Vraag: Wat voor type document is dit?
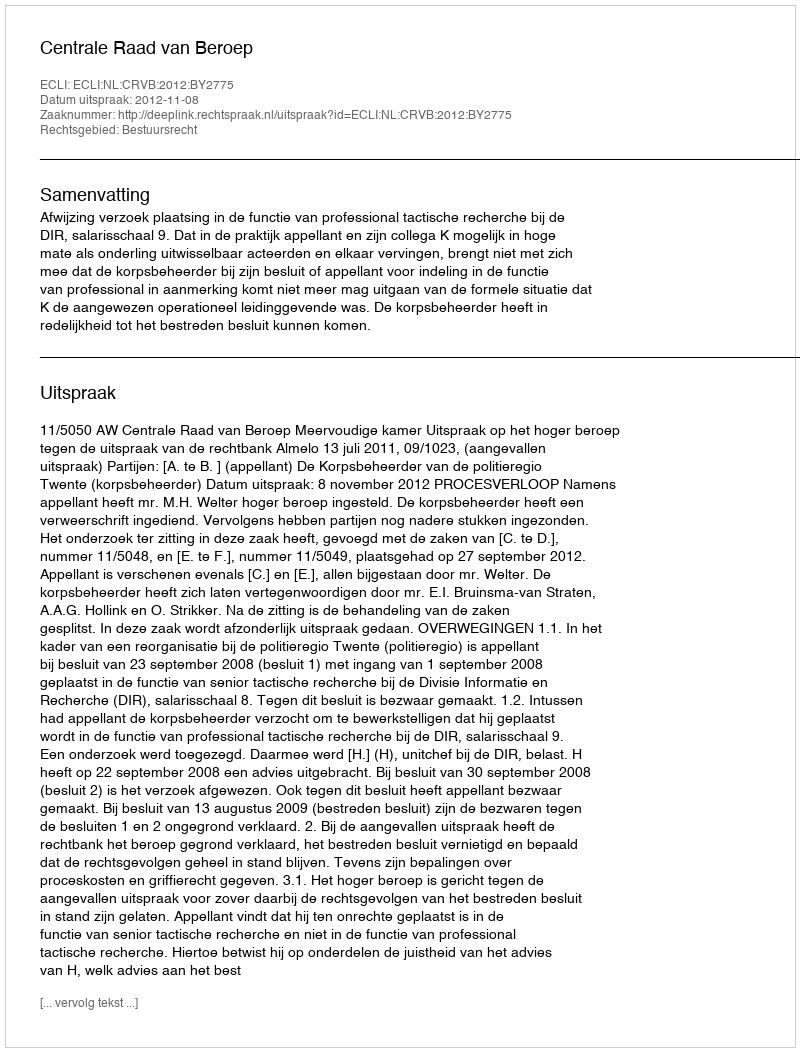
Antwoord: Uitspraak